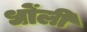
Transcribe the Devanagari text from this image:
धोंली